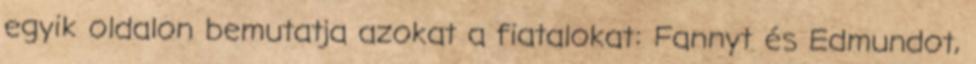
egyik oldalon bemutatja azokat a fiatalokat: Fannyt és Edmundot,